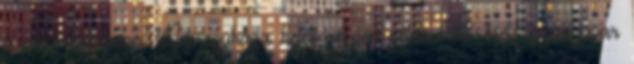
a hibaelhárításon, Nyíregyháza keleti részén például 12 órás üzemzavar